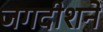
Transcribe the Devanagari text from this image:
जगदीशने